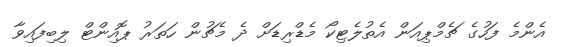
އެންމެ ފަހުގެ ޗެމްޕިއަން އެތުލެޓިކޯ މެޑްރިޑަށް ދެ މެޗުން ހަތަރު ޕޮއިންޓް ލިބިފައިވާ